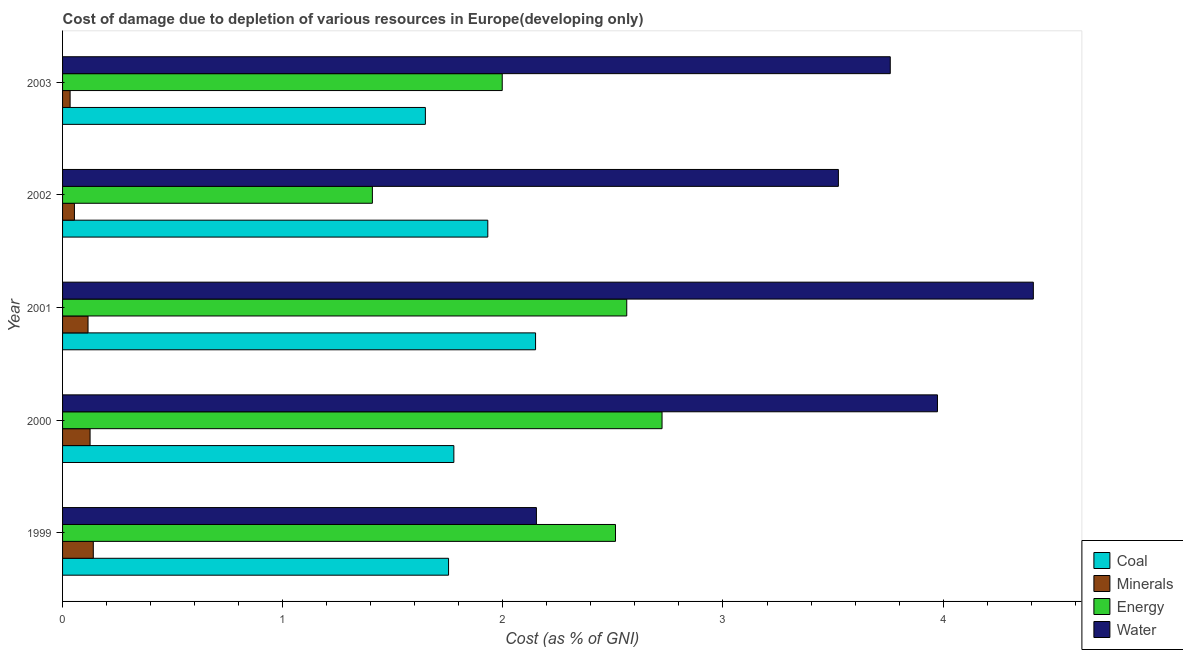
| Year | Coal | Minerals | Energy | Water |
 | --- | --- | --- | --- | --- |
 | 1999 | 1.75 | 0.14 | 2.51 | 2.15 |
 | 2000 | 1.78 | 0.125 | 2.72 | 3.97 |
 | 2001 | 2.15 | 0.116 | 2.56 | 4.41 |
 | 2002 | 1.93 | 0.0539 | 1.41 | 3.52 |
 | 2003 | 1.65 | 0.0343 | 2 | 3.76 |